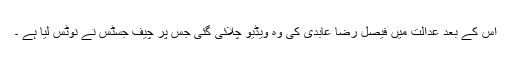
اس کے بعد عدالت میں فیصل رضا عابدی کی وہ ویڈیو چلائی گئی جس پر چیف جسٹس نے نوٹس لیا ہے ۔